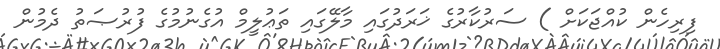
ފިރިހެން ކުއްޖަކަށް ) ސަރުކާރުގެ ޚަރަދުގައި މާލޭގައި ތަޢުލީމް އުގެނުމުގެ ފުރުޞަތު ދެމުން